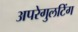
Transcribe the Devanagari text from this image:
अपरेगुलटिंग